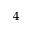
4